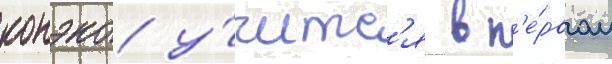
конэко у́читс'я в п'е́рвом